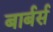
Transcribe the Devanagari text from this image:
बार्बर्स